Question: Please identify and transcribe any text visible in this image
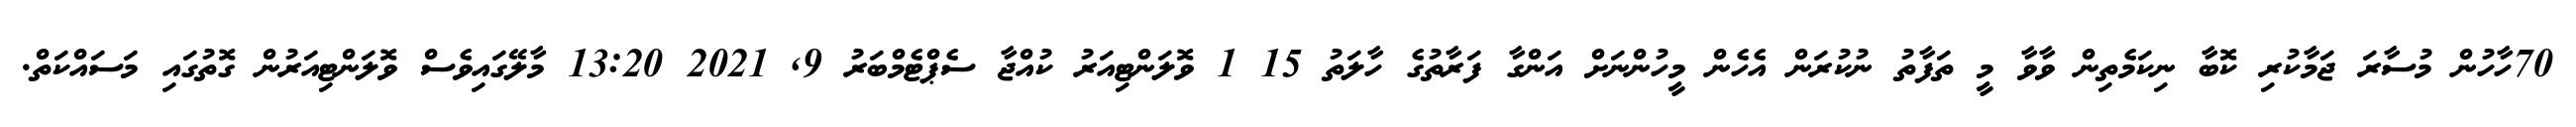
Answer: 70ހާހުން މުސާރަ ޖަމާކުރި ކޮބާ ނިކަމެތިން ވާވާ މީ ތަފާތު ނުކުރަން އެހެން މީހުންނަށް އަންގާ ފަރާތުގެ ހާލަތު 15 1 ވޮލަންޓިއަރު ކުއްޖާ ސެޕްޓެމްބަރު 9, 2021 13:20 މާލޭގައިވެސް ވޮލަންޓިއަރުން ގޮތުގައި މަސައްކަތް.